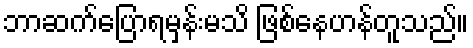
ဘာဆက်ပြောရမှန်းမသိ ဖြစ်နေဟန်တူသည်။